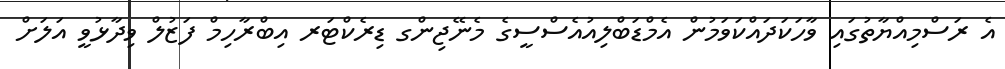
އެ ރަސްމިއްޔާތުގައި ވާހަކަދައްކަވަމުން އެމްޑަބްލިއުއެސްސީގެ މެނޭޖިންގ ޑިރެކްޓަރ އިބްރާހިމް ފަޒުލް ވިދާޅުވީ އަލަށް